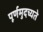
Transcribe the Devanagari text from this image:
पूर्णमुदच्यते